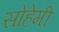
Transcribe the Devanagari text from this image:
सोहेमी